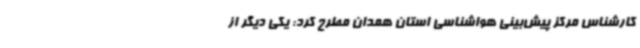
کارشناس مرکز پیش‌بینی هواشناسی استان همدان مطرح کرد: یکی دیگر از